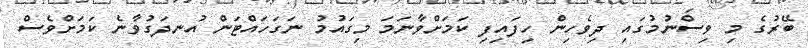
ބޭރުގެ މި ވިސްނުމުގައި ދިވެހިން ހިފައިފި ކަމަށްވާނަމަ މިގައުމު ނަގަހައްޓަން އުނދަގުވާނެ ކަމަށްވެސް